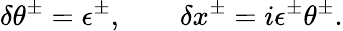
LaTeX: \delta\theta^{\pm}=\epsilon^{\pm},\qquad\delta x^{\pm}=i\epsilon^{\pm}\theta^{\pm}.